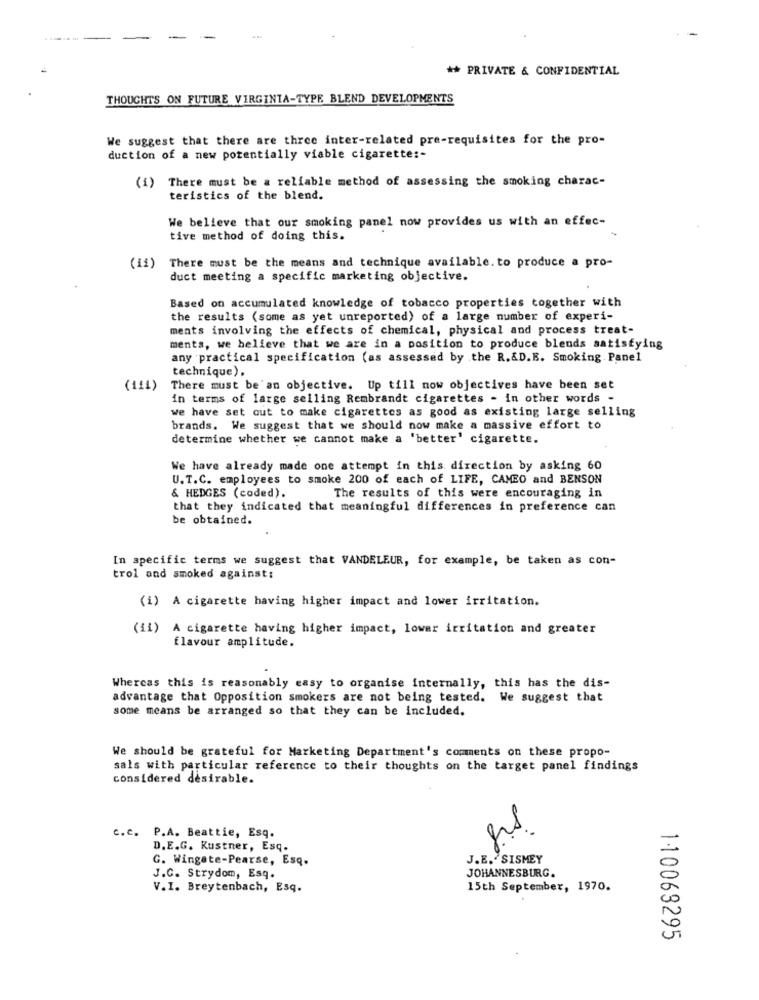
** PRIVATE & CONFIDENTIAL
THOUGHTS ON FUTURE VIRGINIA-TYPE BLEND DEVELOPMENTS
We suggest that there are three inter-related pre-requisites for the pro-
duction of a new potentially viable cigarette :-
(1) There must be a reliable method of assessing the smoking charac-
teristics of the blend.
We believe that our smoking panel now provides us with an effec-
tive method of doing this.
There must be the means and technique available. to produce a pro-
(11)
duct meeting a specific marketing objective.
Based on accumulated knowledge of tobacco properties together with
the results (some as yet unreported) of a large number of experi-
ments involving the effects of chemical, physical and process treat-
ments, we believe that we are in a position to produce blends satisfying
any practical specification (as assessed by the R.&D.E. Smoking Panel
technique).
(114)
There must be'an objective. Up till now objectives have been set
in terms of large selling Rembrandt cigarettes - in other words -
we have set out to make cigarettes as good as existing large selling
brands. We suggest that we should now make a massive effort to
determine whether we cannot make a 'better' cigarette.
We have already made one attempt in this direction by asking 60
U.T.C. employees to smoke 200 of each of LIFE, CAMEO and BENSON
& HEDGES (coded).
The results of this were encouraging in
that they indicated that meaningful differences in preference can
be obtained.
In specific terms we suggest that VANDELEUR, for example, be taken as con-
trol and smoked against:
(i) A cigarette having higher impact and lower irritation.
(ii) A cigarette having higher impact, lower irritation and greater
flavour amplitude.
Whereas this is reasonably easy to organise internally, this has the dis-
advantage that Opposition smokers are not being tested. We suggest that
some means be arranged so that they can be included.
We should be grateful for Marketing Department's comments on these propo-
sals with particular reference to their thoughts on the target panel findings
considered desirable.
c.c. P.A. Beattie, Esq.
grs.
D.E.G. Kustner, Esq.
G. Wingate-Pearse, Esq.
J.E. SISMEY
J.C. Strydom, Esq.
JOHANNESBURG.
V.I. Breytenbach, Esq.
15th September, 1970.
110063295